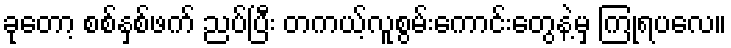
ခုတော့ စစ်နှစ်ဖက် ညပ်ပြီး တကယ့်လူစွမ်းကောင်းတွေနဲ့မှ ကြုံရပလေ။